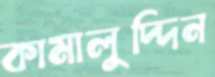
কামালুদ্দিন